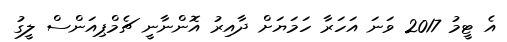
އެ ޓީމު 2017 ވަނަ އަހަރާ ހަމަޔަށް ދާއިރު އޮންނާނީ ޗެމްޕިއަންސް ލީގު